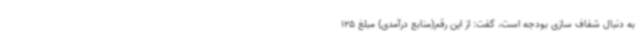
به دنبال شفاف سازی بودجه است، گفت: از این رقم(منابع درآمدی) مبلغ 125